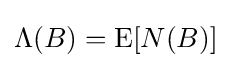
\Lambda (B)=\operatorname {E} [N(B)]